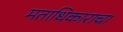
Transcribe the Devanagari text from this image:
मताधिकाराचा